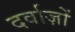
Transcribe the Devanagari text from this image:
दर्वाज़ों